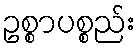
ဥစ္စာပစ္စည်း